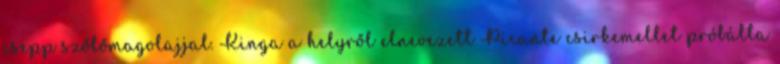
csepp szőlőmagolajjal. Kinga a helyről elnevezett Picante csirkemellet próbálta